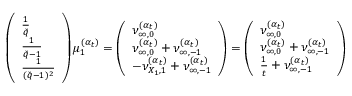
\left( \begin{array} { l } { \frac { 1 } { \check { q } } } \\ { \frac { 1 } { \check { q } - 1 } } \\ { \frac { 1 } { ( \check { q } - 1 ) ^ { 2 } } } \end{array} \right) \mu _ { 1 } ^ { ( \boldsymbol { \alpha } _ { t } ) } = \left( \begin{array} { l } { \nu _ { \infty , 0 } ^ { ( \boldsymbol { \alpha } _ { t } ) } } \\ { \nu _ { \infty , 0 } ^ { ( \boldsymbol { \alpha } _ { t } ) } + \nu _ { \infty , - 1 } ^ { ( \boldsymbol { \alpha } _ { t } ) } } \\ { - \nu _ { { X _ { 1 } } , 1 } ^ { ( \boldsymbol { \alpha } _ { t } ) } + \nu _ { \infty , - 1 } ^ { ( \boldsymbol { \alpha } _ { t } ) } } \end{array} \right) = \left( \begin{array} { l } { \nu _ { \infty , 0 } ^ { ( \boldsymbol { \alpha } _ { t } ) } } \\ { \nu _ { \infty , 0 } ^ { ( \boldsymbol { \alpha } _ { t } ) } + \nu _ { \infty , - 1 } ^ { ( \boldsymbol { \alpha } _ { t } ) } } \\ { \frac { 1 } { t } + \nu _ { \infty , - 1 } ^ { ( \boldsymbol { \alpha } _ { t } ) } } \end{array} \right)